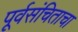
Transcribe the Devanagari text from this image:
पूर्वसंचिताचा